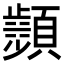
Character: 𩕘